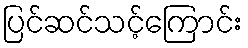
ပြင်ဆင်သင့်ကြောင်း